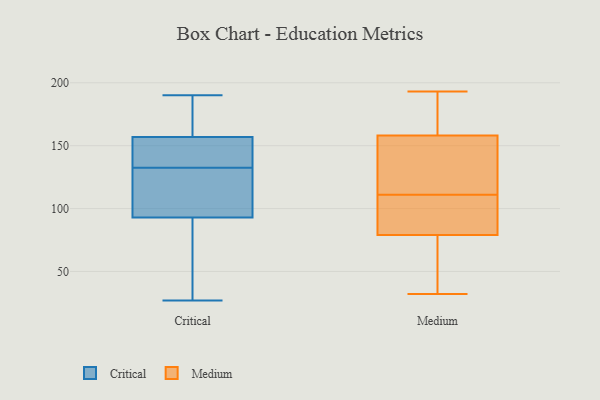
{"axis": {"x": "Headcount", "y": "Value"}, "legend": ["Critical", "Medium"], "data": [{"x": "", "y": 129, "type": "Critical"}, {"x": "", "y": 144, "type": "Critical"}, {"x": "", "y": 130, "type": "Critical"}, {"x": "", "y": 157, "type": "Critical"}, {"x": "", "y": 93, "type": "Critical"}, {"x": "", "y": 135, "type": "Critical"}, {"x": "", "y": 27, "type": "Critical"}, {"x": "", "y": 188, "type": "Critical"}, {"x": "", "y": 190, "type": "Critical"}, {"x": "", "y": 81, "type": "Critical"}, {"x": "", "y": 187, "type": "Medium"}, {"x": "", "y": 32, "type": "Medium"}, {"x": "", "y": 94, "type": "Medium"}, {"x": "", "y": 84, "type": "Medium"}, {"x": "", "y": 101, "type": "Medium"}, {"x": "", "y": 73, "type": "Medium"}, {"x": "", "y": 149, "type": "Medium"}, {"x": "", "y": 113, "type": "Medium"}, {"x": "", "y": 135, "type": "Medium"}, {"x": "", "y": 154, "type": "Medium"}, {"x": "", "y": 79, "type": "Medium"}, {"x": "", "y": 109, "type": "Medium"}, {"x": "", "y": 159, "type": "Medium"}, {"x": "", "y": 193, "type": "Medium"}, {"x": "", "y": 173, "type": "Medium"}, {"x": "", "y": 55, "type": "Medium"}, {"x": "", "y": 43, "type": "Medium"}, {"x": "", "y": 158, "type": "Medium"}]}